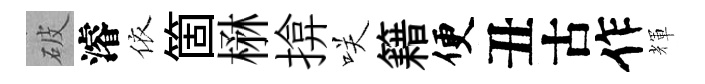
破濬依箇楙揜咲籍便丑古作輝